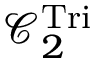
\mathcal { C } _ { 2 } ^ { \mathrm { T r i } }